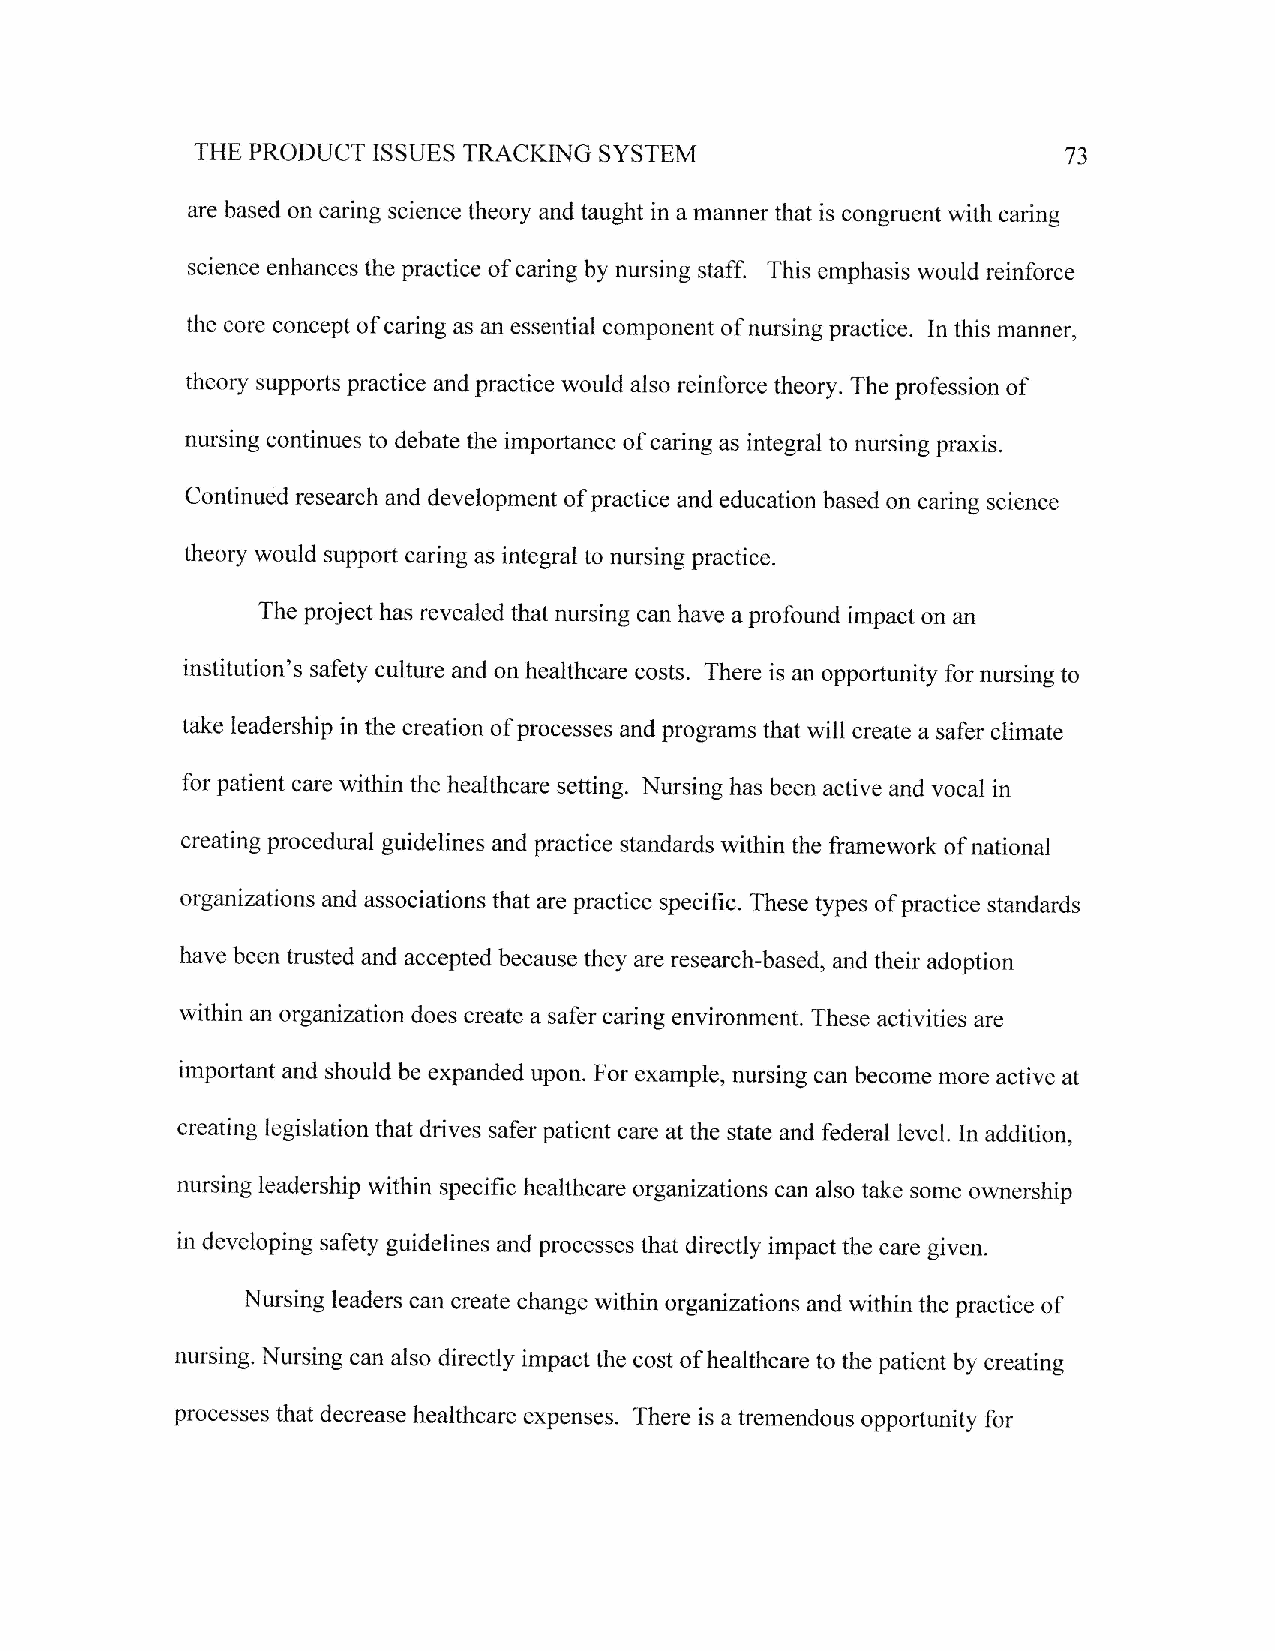
THE PRODUCT ISSUES TRACKING SYSTEM                        73
 are based on caring science theory and taught in a manner that is congruent with caring
 science enhances the practice of caring by nursing staff. This emphasis would reinforce
 the core concept of caring as an essential component of nursing practice. In this manner,
 theory supports practice and practice would also reinforce theory. The profession of
 nursing continues to debate the importance of caring as integral to nursing praxis.
 Continued research and development of practice and education based on caring science
 theory would support caring as integral to nursing practice.
 The project has revealed that nursing can have a profound impact on an
 institution's safety culture and on healthcare costs. There is an opportunity for nursing to
 take leadership in the creation of processes and programs that will create a safer climate
 for patient care within the healthcare setting. Nursing has been active and vocal in
 creating procedural guidelines and practice standards within the framework of national
 organizations and associations that are practice speciflc. These types of practice standards
 have been trusted and accepted because they are research-based, and their adoption
 within an organization does create a safer caring environment. These activities are
 important and should be expanded upon. For example, nursing can become more active at
 creating legislation that drives safer patient care at the state and federal level. In addition,
 nursing leadership within specific healthcare organizations can also take some ownership
 in developing safety guidelines and processes that directly impact the care given.
 Nursing leaders can create change within organizations and within the practice of
 nursing' Nursing can also directly impact the cost of healthcare to the patient by creating
 processes that decrease healthcare expenses. There is a tremendous opportunity for